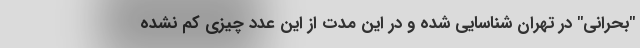
"بحرانی" در تهران شناسایی شده و در این مدت از این عدد چیزی کم نشده